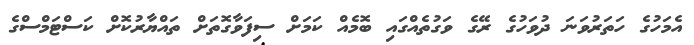
އެމަހުގެ ހަތަރުވަނަ ދުވަހުގެ ރޭގެ ވަގުތެއްގައި ބޮމެއް ކަމަށް ސިފަވާގޮތަށް ތައްޔާރުކޮށް ކަސްޓަމްސްގެ